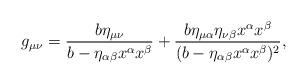
LaTeX: \begin{align*} g_{\mu\nu}=\frac{b\eta_{\mu\nu}}{b-\eta_{\alpha\beta}x^\alpha x^\beta}+\frac{b\eta_{\mu\alpha}\eta_{\nu\beta}x^\alpha x^\beta}{(b-\eta_{\alpha\beta}x^\alpha x^\beta)^2},\end{align*}